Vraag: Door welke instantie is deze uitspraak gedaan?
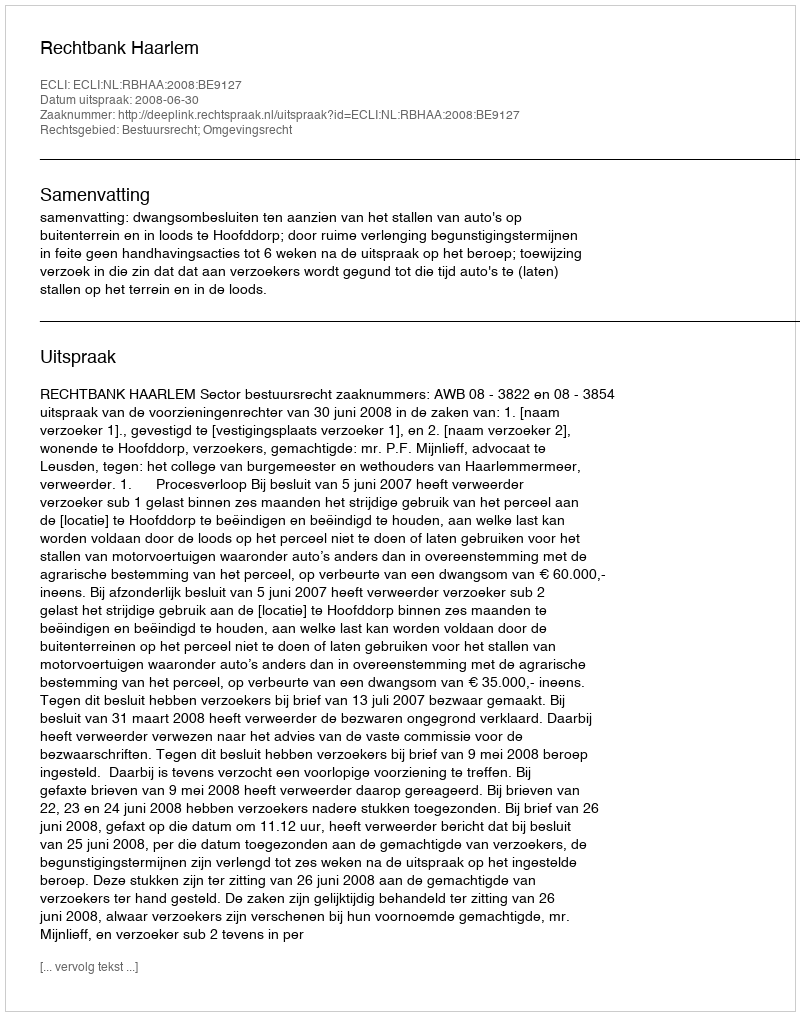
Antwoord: Rechtbank Haarlem